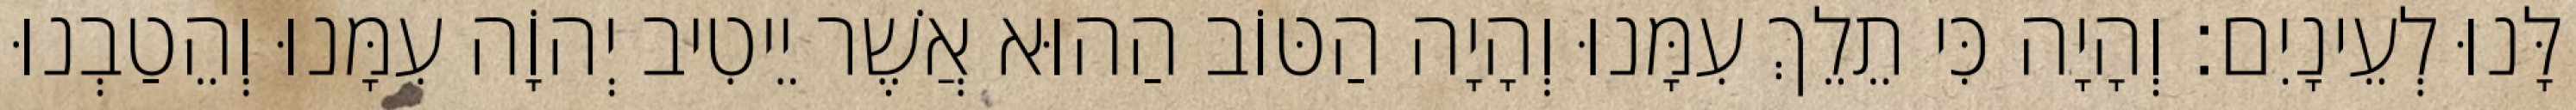
לָּנוּ לְעֵינָיִם׃ וְהָיָה כִּי תֵלֵךְ עִמָּנוּ וְהָיָה הַטּוֹב הַהוּא אֲשֶׁר יֵיטִיב יְהוָֹה עִמָּנוּ וְהֵטַבְנוּ